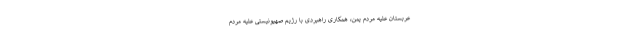
عربستان علیه مردم یمن، همکاری راهبردی با رژیم صهیونیستی علیه مردم